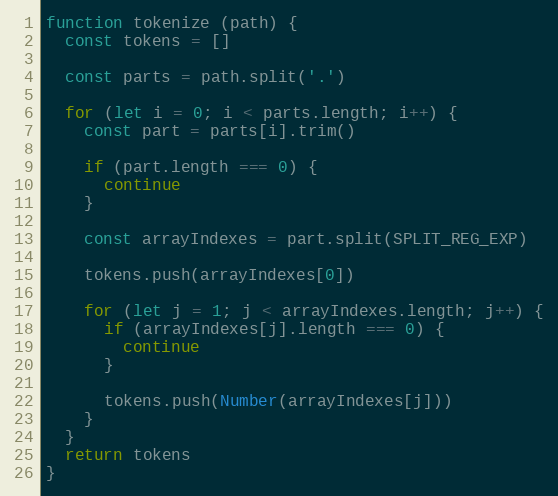
Language: JavaScript
function tokenize (path) {
  const tokens = []

  const parts = path.split('.')

  for (let i = 0; i < parts.length; i++) {
    const part = parts[i].trim()

    if (part.length === 0) {
      continue
    }

    const arrayIndexes = part.split(SPLIT_REG_EXP)

    tokens.push(arrayIndexes[0])

    for (let j = 1; j < arrayIndexes.length; j++) {
      if (arrayIndexes[j].length === 0) {
        continue
      }

      tokens.push(Number(arrayIndexes[j]))
    }
  }
  return tokens
}